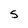
Character: 5